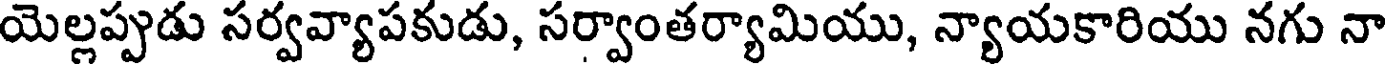
యెల్లప్పుడు సర్వవ్యాపకుడు, సర్వాంతర్యామియు, న్యాయకారియు నగు నా